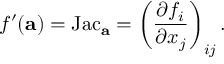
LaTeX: f ^ { \prime } ( \mathbf { a } ) = \operatorname { J a c } _ { \mathbf { a } } = \left( { \frac { \partial f _ { i } } { \partial x _ { j } } } \right) _ { i j } .